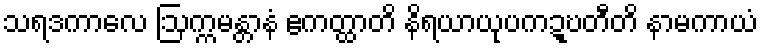
သရဒကာလေ ဩက္ကမန္တာနံ ဧကတ္ထာတိ နိရယာယုပကဍ္ဎတီတိ နာမကာယံ